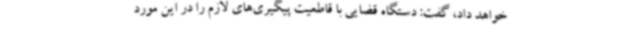
خواهد داد، گفت: دستگاه قضایی با قاطعیت پیگیری‌های لازم را در این مورد